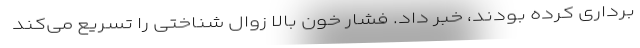
برداری کرده بودند، خبر داد. فشار خون بالا زوال شناختی را تسریع می‌کند